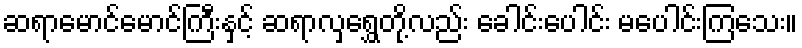
ဆရာမောင်မောင်ကြီးနှင့် ဆရာလှရွှေတို့လည်း ခေါင်းပေါင်း မပေါင်းကြသေး။